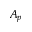
A _ { p }